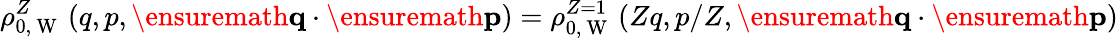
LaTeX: \rho_{0,\mathrm{~W~}}^{Z}\left(q,p,\ensuremath{\mathbf{q}}\cdot\ensuremath{\mathbf{p}}\right)=\rho_{0,\mathrm{~W~}}^{Z=1}\left(Zq,p/Z,\ensuremath{\mathbf{q}}\cdot\ensuremath{\mathbf{p}}\right)